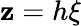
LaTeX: \mathbf{z}=h\xi